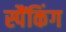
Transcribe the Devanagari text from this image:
स्पैंकिंग